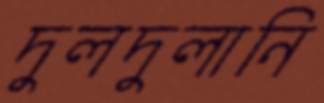
দুলদুলানি